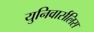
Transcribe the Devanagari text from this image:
युनिवार्सलिस